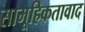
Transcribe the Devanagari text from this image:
सामूहिकतावाद